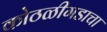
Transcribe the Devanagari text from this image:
कोठळीगडाचा